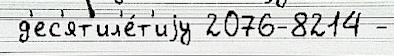
 д'ес'ят'ил'е́т'иjу 2076-8214 -